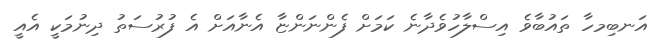
އަނބިމހާ ތައުބާވެ އިސްލާހުވެދާނެ ކަމަށް ފެންނަންޏާ އެނާއަށް އެ ފުރުސަތު ދިނުމަކީ އެއީ